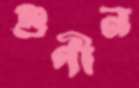
গুণীন